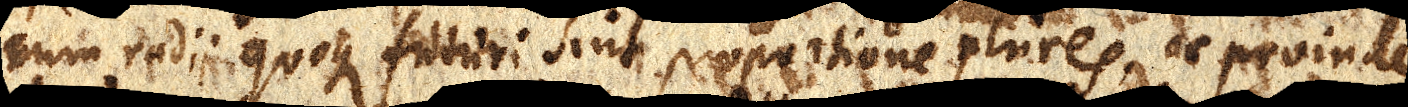
cum radii quoque futuri sint proportione plures, ac proinde